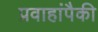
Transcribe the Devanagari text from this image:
प्रवाहांपैकी